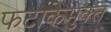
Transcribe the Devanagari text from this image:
फटाकेमुक्त